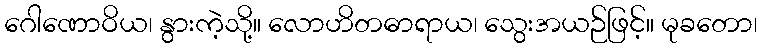
ဂေါဏောဝိယ၊ နွားကဲ့သို့။ လောဟိတဓာရာယ၊ သွေးအယဉ်ဖြင့်။ မုခတော၊